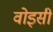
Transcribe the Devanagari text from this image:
वोइसीं